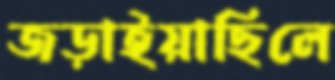
জড়াইয়াছিলে